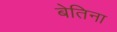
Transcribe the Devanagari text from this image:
बेतिना